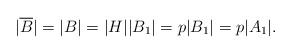
LaTeX: \begin{align*}|\overline{B}|=|B|=|H||B_1|=p|B_1|=p|A_1|.\end{align*}